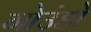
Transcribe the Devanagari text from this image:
गोउंडो